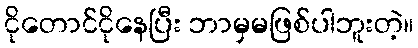
ငိုတောင်ငိုနေပြီး ဘာမှမဖြစ်ပါဘူးတဲ့။